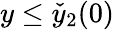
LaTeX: y\le\check{y}_{2}(0)